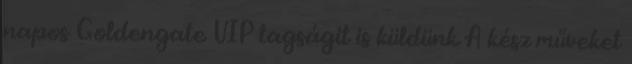
napos Goldengate VIP tagságit is küldünk A kész műveket